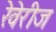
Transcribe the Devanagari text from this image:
रेवेरीज